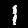
Label: 1